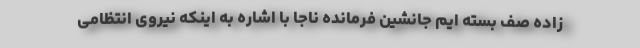
زاده صف بسته ایم جانشین فرمانده ناجا با اشاره به اینکه نیروی انتظامی